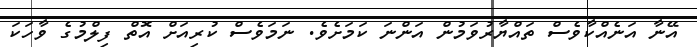
އޭނާ އަނެއްކާވެސް ތައްޔާރުވަމުން އަންނަ ކަމަށެވެ. ނަމަވެސް ކުރިއަށް އޮތް ފިލްމުގެ ވާހަކަ